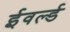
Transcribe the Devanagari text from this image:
ईवर्ल्ड